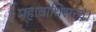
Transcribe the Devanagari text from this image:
महाबोधिसत्त्व।